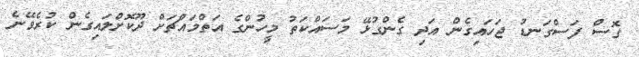
ގޮސް ފަސްގަނޑު ޖަހައިގެން އަދި ގެންގުޅޭ މަސައްކަތު މީހުންގެ އަތްމައްޗަށް ދޫކޮށްލައިގެން ކުރެވޭނެ